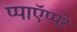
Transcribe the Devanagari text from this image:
प्पाऍप्पऱे